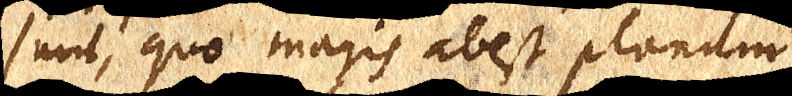
sunt, quo magis abest planum